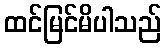
ထင်မြင်မိပါသည်